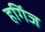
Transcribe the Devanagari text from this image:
हगिंज